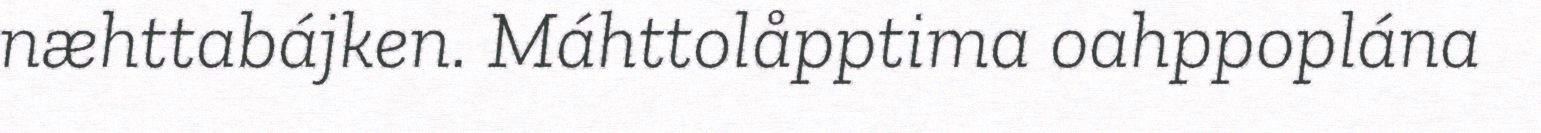
næhttabájken. Máhttolåpptima oahppoplána